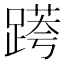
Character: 𨃖